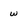
Character: w